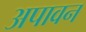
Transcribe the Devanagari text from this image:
अपावन